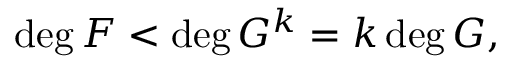
\deg F < \deg G ^ { k } = k \deg G ,